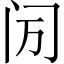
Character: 𬮙